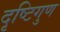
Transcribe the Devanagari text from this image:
दृष्टिगुण